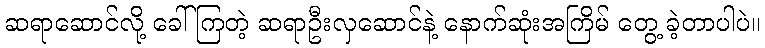
ဆရာဆောင်လို့ ခေါ်ကြတဲ့ ဆရာဦးလှဆောင်နဲ့ နောက်ဆုံးအကြိမ် တွေ့ ခဲ့တာပါပဲ။